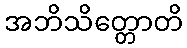
အဘိသိတ္တောတိ